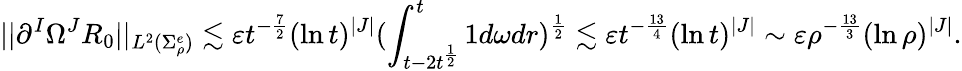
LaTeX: ||\partial^{I}\Omega^{J}R_{0}||_{L^{2}(\Sigma_{\rho}^{e})}\lesssim\varepsilon t^{-\frac 72}(\ln t)^{|J|}(\int_{t-2t^{\frac 12}}^{t}1d\omega dr)^{\frac 12}\lesssim\varepsilon t^{-\frac{13}4}(\ln t)^{|J|}\sim\varepsilon\rho^{-\frac{13}3}(\ln\rho)^{|J|}.